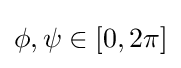
\phi ,\psi \in [0,2\pi ]